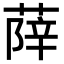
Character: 𦵮